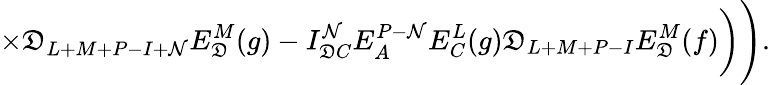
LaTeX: \times\mathfrak{D}_{L+M+P-I+\mathcal{N}}E_{\mathfrak{D}}^{M}(g)-I_{\mathfrak{D}C}^{\mathcal{N}}E_{A}^{P-\mathcal{N}}E_{C}^{L}(g)\mathfrak{D}_{L+M+P-I}E_{\mathfrak{D}}^{M}(f)\biggr)\Biggr).